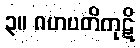
၃။ ဂဟပတိကုဋိ